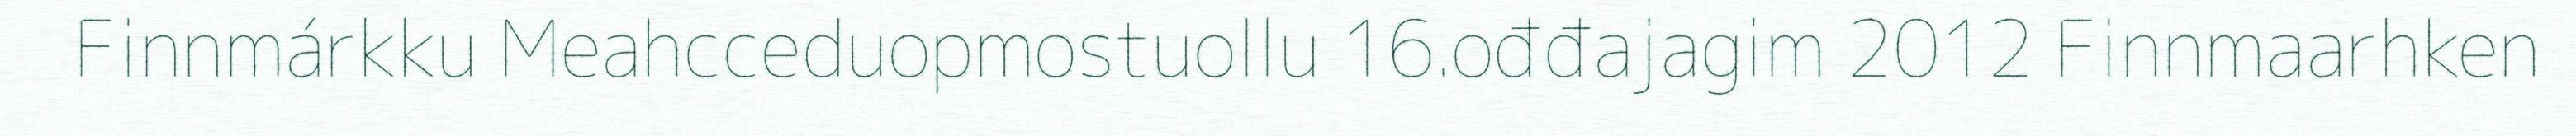
Finnmárkku Meahcceduopmostuollu 16.ođđajagim 2012 Finnmaarhken